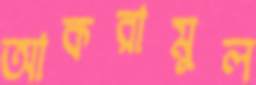
আকরামুল